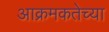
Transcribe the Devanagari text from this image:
आक्रमकतेच्या